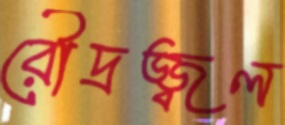
রৌদ্রজ্জ্বল